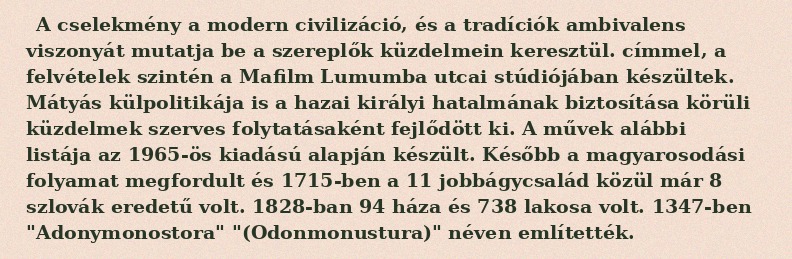
A cselekmény a modern civilizáció, és a tradíciók ambivalens viszonyát mutatja be a szereplők küzdelmein keresztül. címmel, a felvételek szintén a Mafilm Lumumba utcai stúdiójában készültek. Mátyás külpolitikája is a hazai királyi hatalmának biztosítása körüli küzdelmek szerves folytatásaként fejlődött ki. A művek alábbi listája az 1965-ös kiadású alapján készült. Később a magyarosodási folyamat megfordult és 1715-ben a 11 jobbágycsalád közül már 8 szlovák eredetű volt. 1828-ban 94 háza és 738 lakosa volt. 1347-ben "Adonymonostora" "(Odonmonustura)" néven említették.